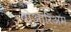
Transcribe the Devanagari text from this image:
बोआरिअम